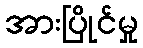
အားပြိုင်မှု